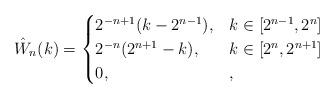
LaTeX: \begin{align*}\hat{W}_n(k)=\begin{cases}2^{-n+1}(k-2^{n-1}),& k\in[2^{n-1},2^n]\\2^{-n}(2^{n+1}-k),& k\in[2^{n},2^{n+1}]\\0,& ,\end{cases}\end{align*}